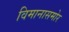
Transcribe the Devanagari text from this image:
विमानासमोर